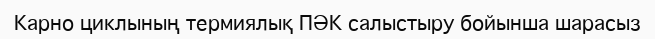
Карно циклының термиялық ПӘК салыстыру бойынша шарасыз